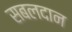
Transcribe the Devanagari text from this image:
सबलदान